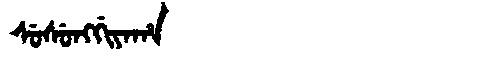
Manchu: ᠰᡠᠰᡠᠩᡤᡳᠶᠠᡥᠠ
Romanization: SUSUNGGIYAHA